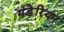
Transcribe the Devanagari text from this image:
मंडेरियन